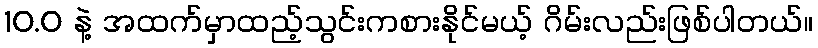
10.0 နဲ့ အထက်မှာထည့်သွင်းကစားနိုင်မယ့် ဂိမ်းလည်းဖြစ်ပါတယ်။